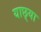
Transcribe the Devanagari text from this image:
याछ्या